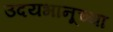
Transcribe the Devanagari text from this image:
उदयभानूच्या